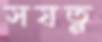
সযত্ন